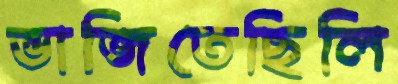
ভাজিতেছিলি